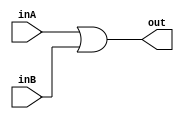
module Or (
    inA, inB, out
);

// declare the inputs and outputs and assign out = inA | inB
    input inA, inB;
    output out;
    
    // perform bitwise OR operation
    assign out = inA | inB;

    
endmodule